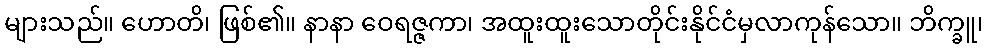
များသည်။ ဟောတိ၊ ဖြစ်၏။ နာနာ ဝေရဇ္ဇကာ၊ အထူးထူးသောတိုင်းနိုင်ငံမှလာကုန်သော။ ဘိက္ခူ၊